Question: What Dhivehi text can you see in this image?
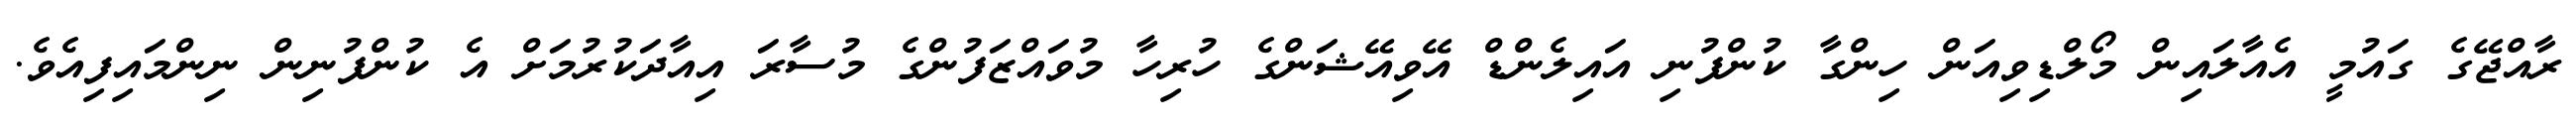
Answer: ރާއްޖޭގެ ގައުމީ އެއާލައިން މޯލްޑިވިއަން ހިންގާ ކުންފުނި އައިލެންޑް އޭވިއޭޝަންގެ ހުރިހާ މުވައްޒަފުންގެ މުސާރަ އިއާދަކުރުމަށް އެ ކުންފުނިން ނިންމައިފިއެވެ.